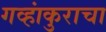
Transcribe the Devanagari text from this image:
गव्हांकुराचा